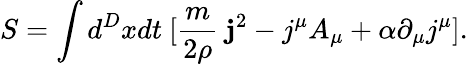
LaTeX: S=\int d^{D}xdt~[\frac{m}{2\rho}~{\mathbf j}^{2}-j^{\mu}A_{\mu}+\alpha\partial_{\mu}j^{\mu}].